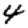
Digit: 4